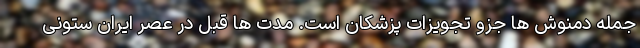
جمله دمنوش ها جزو تجویزات پزشکان است. مدت ها قبل در عصر ایران ستونی